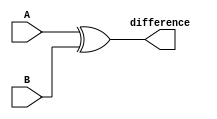
module subtractor(input [7:0] A, B,
                   output reg [7:0] difference);

   assign difference = A ^ B; // XOR operation to subtract B from A

endmodule